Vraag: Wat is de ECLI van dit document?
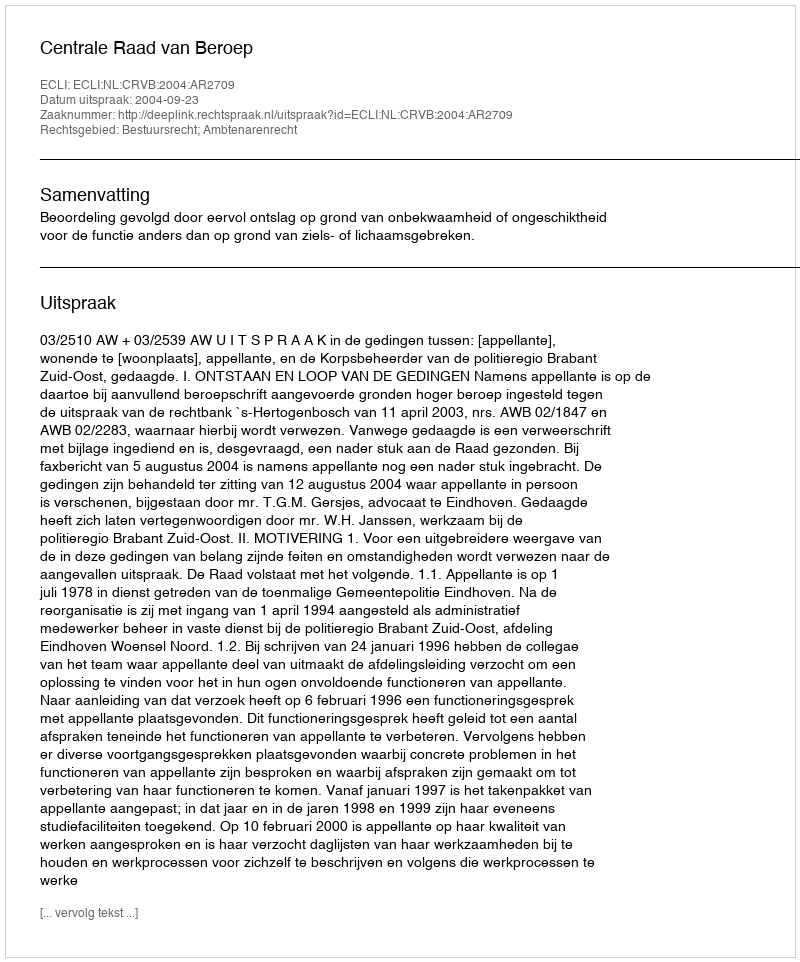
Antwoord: ECLI:NL:CRVB:2004:AR2709